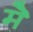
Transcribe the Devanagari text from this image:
मेॆ